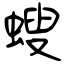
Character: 螋